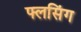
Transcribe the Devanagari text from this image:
फ्लसिंग